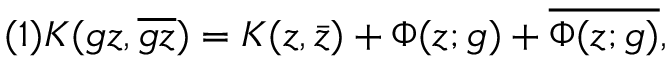
( 1 ) K ( g z , \overline { { { g z } } } ) = K ( z , \bar { z } ) + \Phi ( z ; g ) + \overline { { { \Phi ( z ; g ) } } } ,